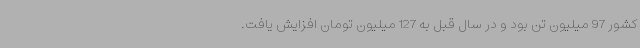
کشور 97 میلیون تن بود و در سال قبل به 127 میلیون تومان افزایش یافت.